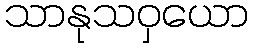
သာနုသဝှယော